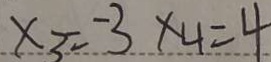
x _ { 3 } = - 3 x _ { 4 } = 4